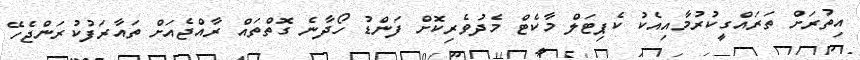
އިތުރަށް ތަރައްގީކުރުމާއިއެކު ކެޕިޓަލް މާކެޓް މެދުވެރިކޮށް ފަންޑު ހޯދާނެ ގޮތްތައް ރާއްޖެއަށް ތައާރަފުކުރަންޖެހޭ